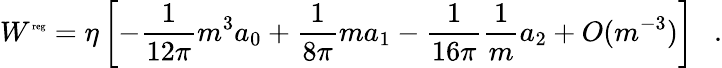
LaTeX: W^{\mathrm{\tiny{reg}}}=\eta\left[-{\frac{1}{12\pi}}m^{3}a_{0}+{\frac{1}{8\pi}}ma_{1}-{\frac{1}{16\pi}}{\frac{1}{m}}a_{2}+O(m^{-3})\right]~~~.